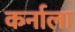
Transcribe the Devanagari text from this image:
कर्नाला